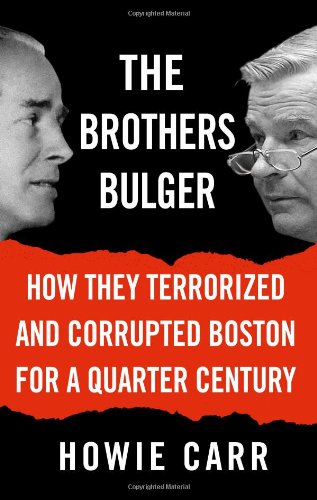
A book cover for The Brothers Bulger: How They Terrorized and Corrupted Boston for a Quarter Century; Howie Carr; Biographies & Memoirs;